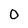
Character: 0